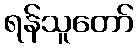
ရန်သူတော်